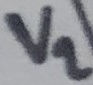
Text: V2